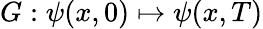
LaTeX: G:\psi(x,0)\mapsto\psi(x,T)